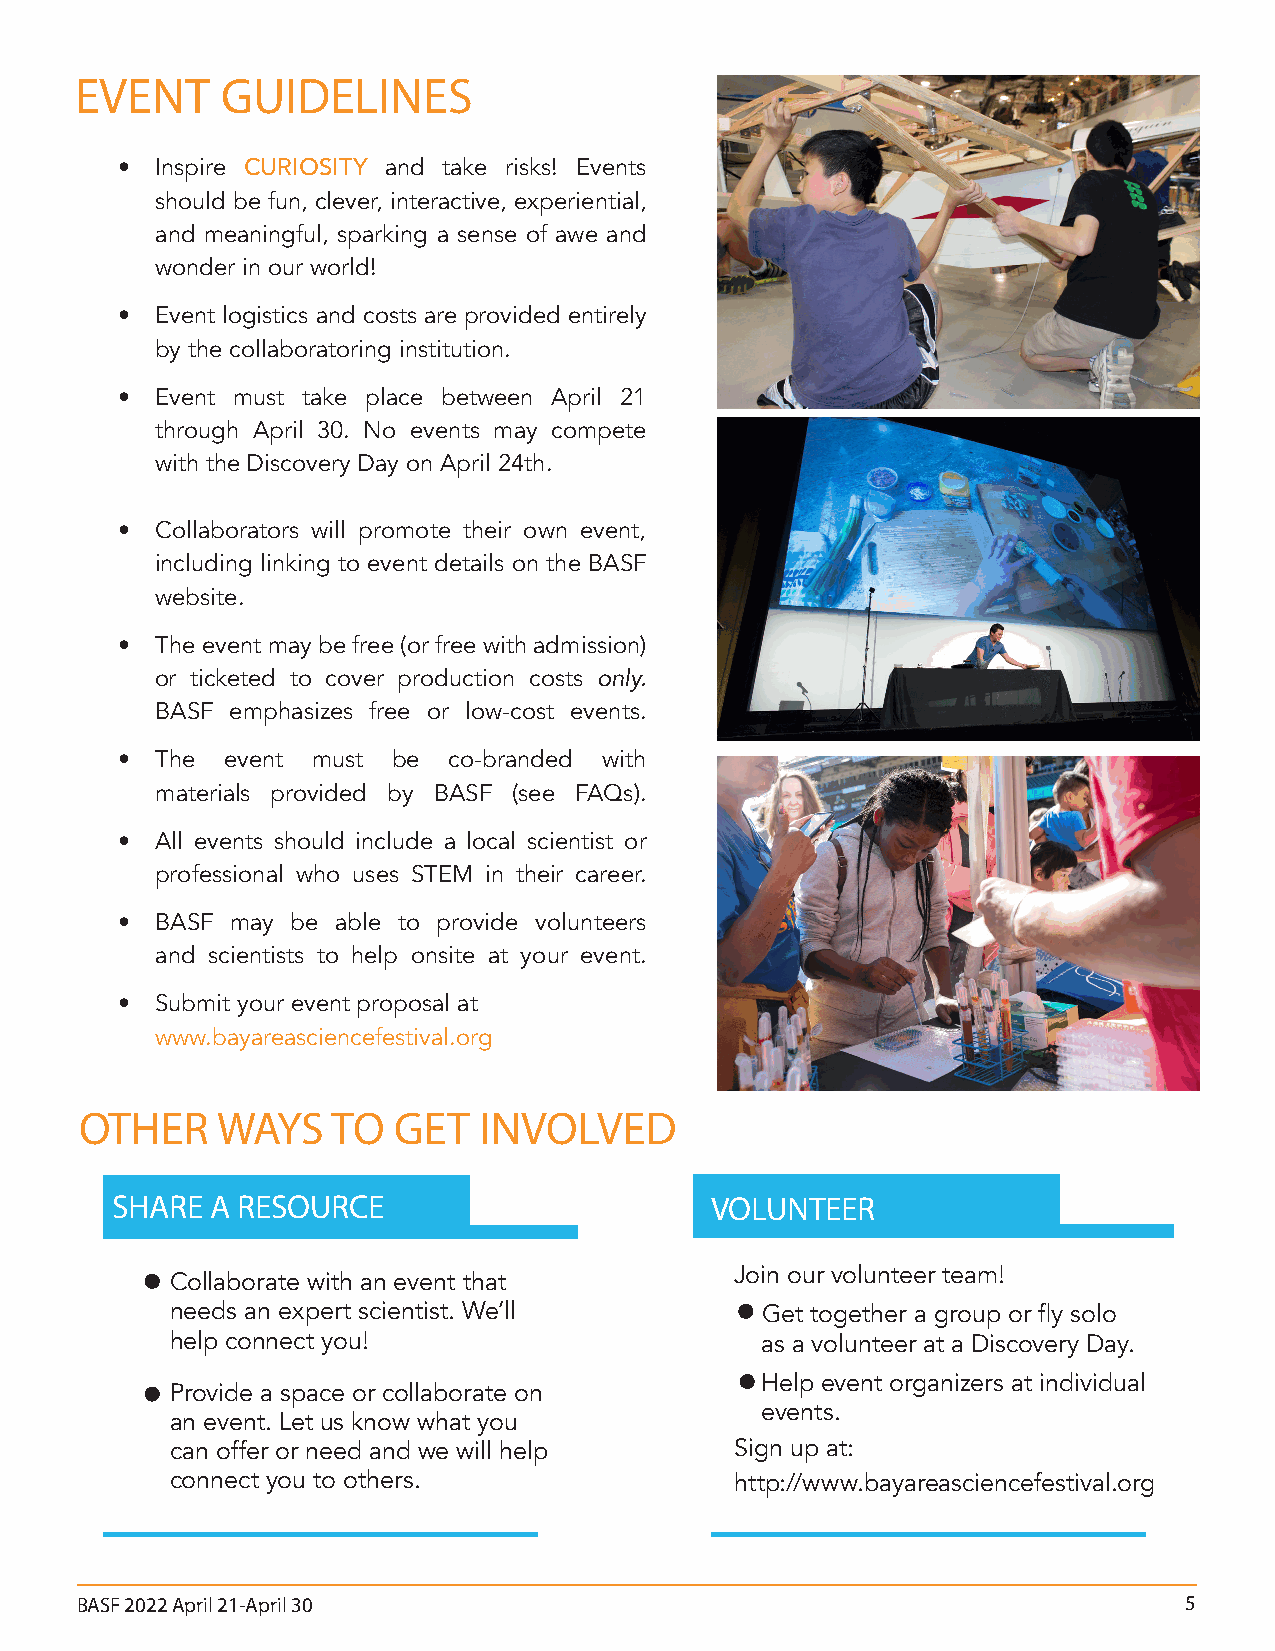
EVENT     GUIDELINES
 • Inspire CURIOSITY and take risks! Events
 should be fun, clever, interactive, experiential,
 and meaningful, sparking a sense of awe and
 wonder in our world!
 • Event logistics and costs are provided entirely
 by the collaboratoring institution.
 • Event must take place between April 21
 through April 30. No events may compete
 with the Discovery Day on April 24th.
 • Collaborators will promote their own event,
 including linking to event details on the BASF
 website.
 • The event may be free (or free with admission)
 or ticketed to cover production costs only.
 BASF emphasizes free or low-cost events.
 • The  event must be  co-branded with
 materials provided by BASF (see FAQs).
 • All events should include a local scientist or
 professional who uses STEM in their career.
 • BASF may be able to provide volunteers
 and scientists to help onsite at your event.
 • Submit your event proposal at
 www.bayareasciencefestival.org
 OTHER    WAYS    TO  GET   INVOLVED
 SHARE  A RESOURCE                       VOLUNTEER
 Join our volunteer team!
 Collaborate with an event that
 needs an expert scientist. We’ll       Get together a group or fly solo
 help connect you!                      as a volunteer at a Discovery Day.
 Help event organizers at individual
 Provide a space or collaborate on
 events.
 an event. Let us know what you
 can offer or need and we will help    Sign up at:
 connect you to others.                http://www.bayareasciencefestival.org
 BASF 2022 April 21-April 30                                              5